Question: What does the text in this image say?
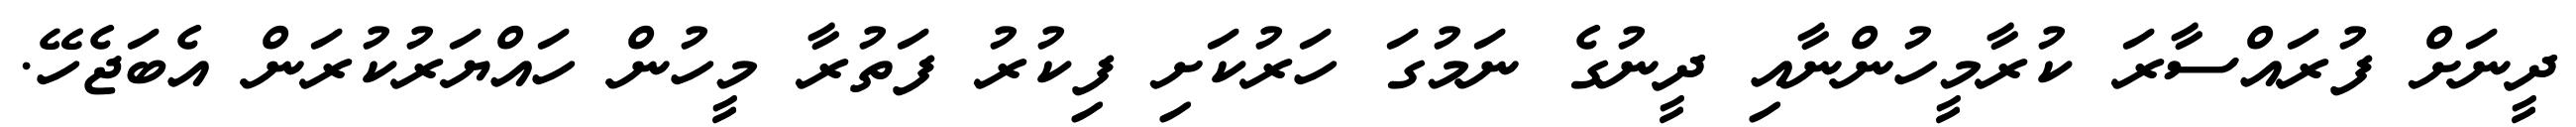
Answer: ދީނަށް ފުރައްސާރަ ކުރާމީހުންނާއި ދީނުގެ ނަމުގަ ހަރުކަށި ފިކުރު ފަތުރާ މީހުން ހައްޔަރުކުރަން އެބަޖެހޭ.